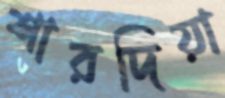
শারদিয়া